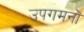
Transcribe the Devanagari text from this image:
उपगमनों